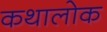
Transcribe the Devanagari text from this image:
कथालोक